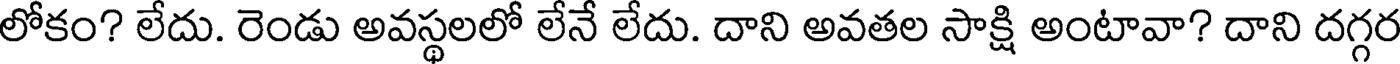
లోకం? లేదు. రెండు అవస్థలలో లేనే లేదు. దాని అవతల సాక్షి అంటావా? దాని దగ్గర